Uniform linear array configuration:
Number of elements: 24
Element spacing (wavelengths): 0.5
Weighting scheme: hamming
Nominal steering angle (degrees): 45
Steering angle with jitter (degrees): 44.41
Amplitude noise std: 0.05
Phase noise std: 0.05

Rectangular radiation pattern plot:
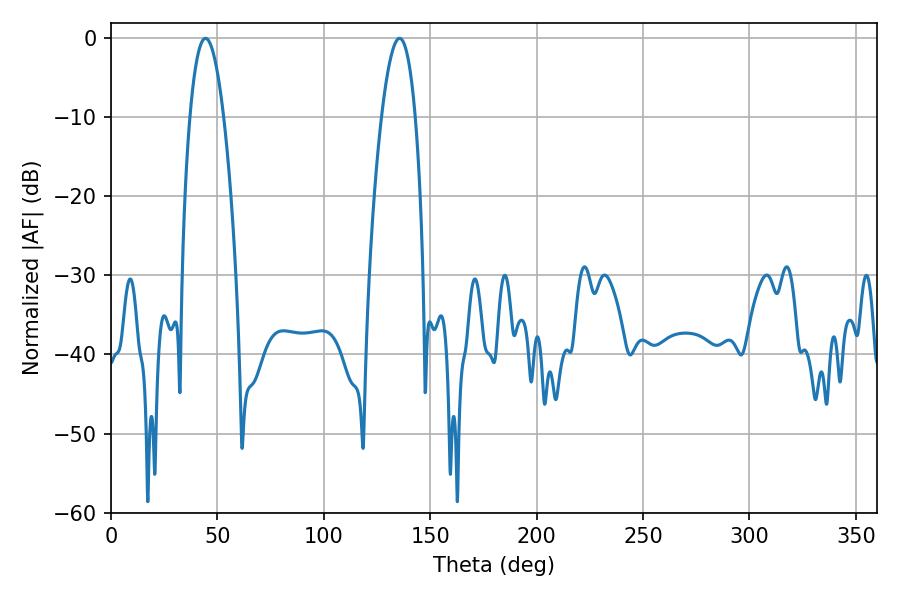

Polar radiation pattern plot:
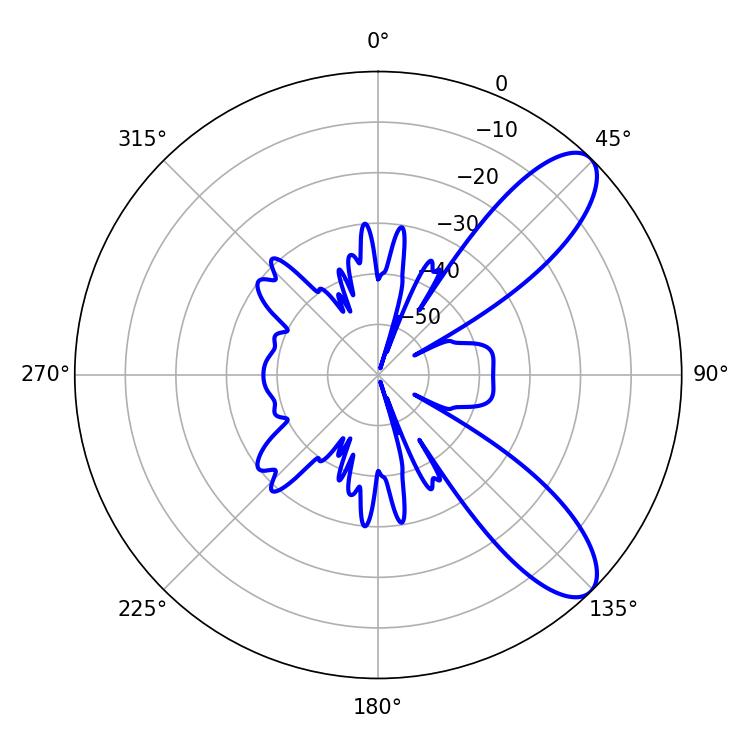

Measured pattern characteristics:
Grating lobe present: FALSE
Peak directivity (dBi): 9.397
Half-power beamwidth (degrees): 8.82
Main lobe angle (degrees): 44.46